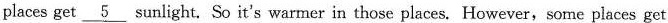
places get \underline{5} sunlight. So it's warmer in those places. However,some places get